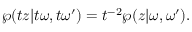
\wp ( t z | t \omega , t \omega ^ { \prime } ) = t \sp { - 2 } \wp ( z | \omega , \omega ^ { \prime } ) .